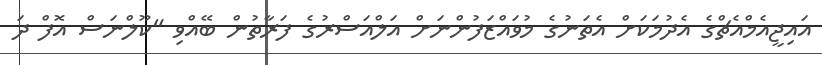
އައިޖީއެމްއެޗްގެ އެދުމަކަށް އެތަނުގެ މުވައްޒަފުންނަށް އަލްއަސްރުގެ ފަރާތުން ބޭއްވި "ކޫލްނަސް އޮފް ދަ